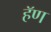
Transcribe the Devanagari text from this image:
हॅण